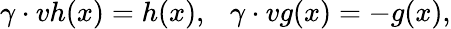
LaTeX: \gamma\cdot vh(x)=h(x),\ \ \ \gamma\cdot vg(x)=-g(x),